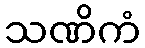
သဏိကံ